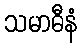
သမာဓီနံ